65_HS1-834228961_62-HQ-83894_Section_1
Agency: FBI
Page 2
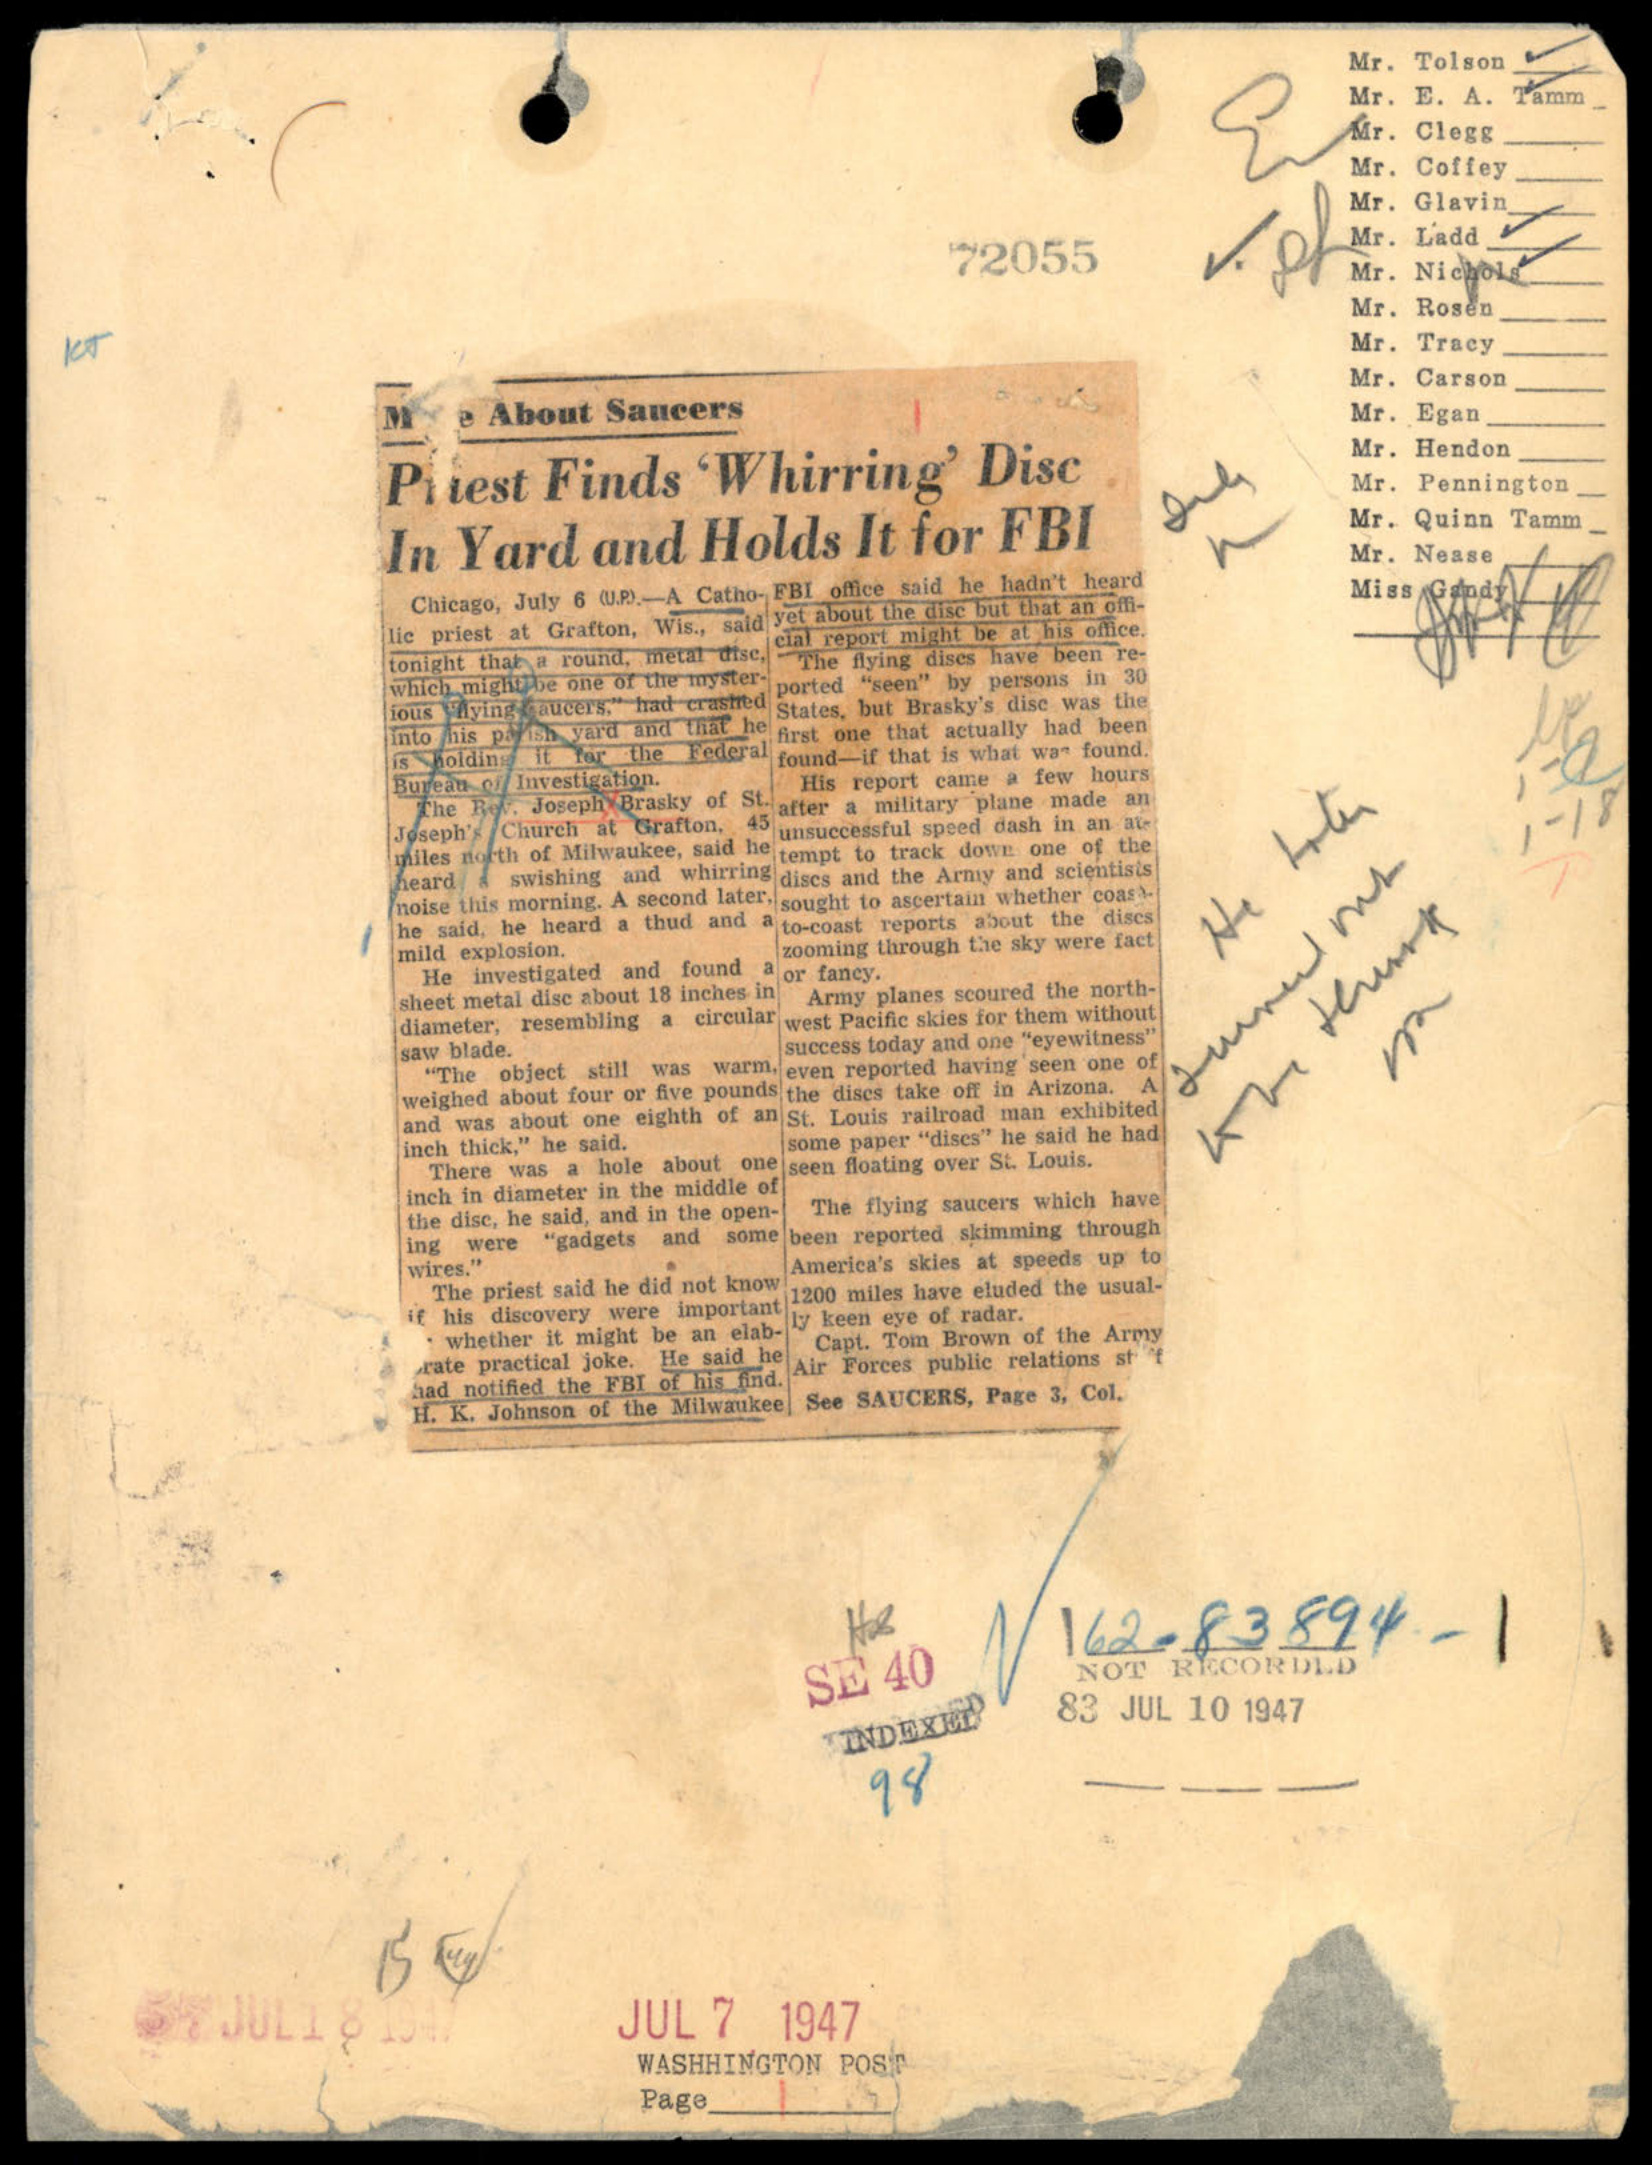